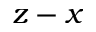
z - x